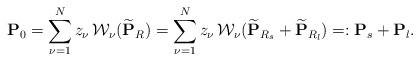
LaTeX: \begin{align*} {\bf P}_0 = \sum_{\nu=1}^{N} {z_\nu}\, {\cal W}_\nu (\widetilde{\bf P}_R)= \sum_{\nu=1}^{N} {z_\nu} \, {\cal W}_\nu (\widetilde{\mathbf{P}}_{R_s} + \widetilde{\mathbf{P}}_{R_l}) =: {\bf P}_s + {\bf P}_l.\end{align*}